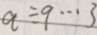
q \div 9 \cdots 3